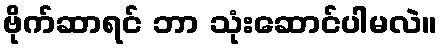
ဗိုက်ဆာရင် ဘာ သုံးဆောင်ပါမလဲ။